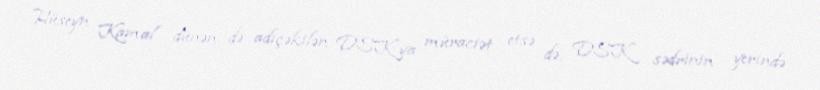
Hüseyn Kamal dünən də adıçəkilən DSK-ya müraciət etsə də, DSK sədrinin yerində